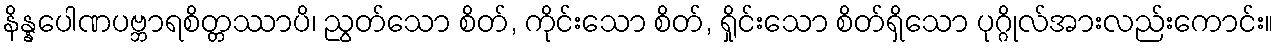
နိန္နပေါဏပဗ္ဘာရစိတ္တဿာပိ၊ ညွတ်သော စိတ်, ကိုင်းသော စိတ်, ရှိုင်းသော စိတ်ရှိသော ပုဂ္ဂိုလ်အားလည်းကောင်း။